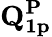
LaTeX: \mathbf{Q_{1p}^{P}}